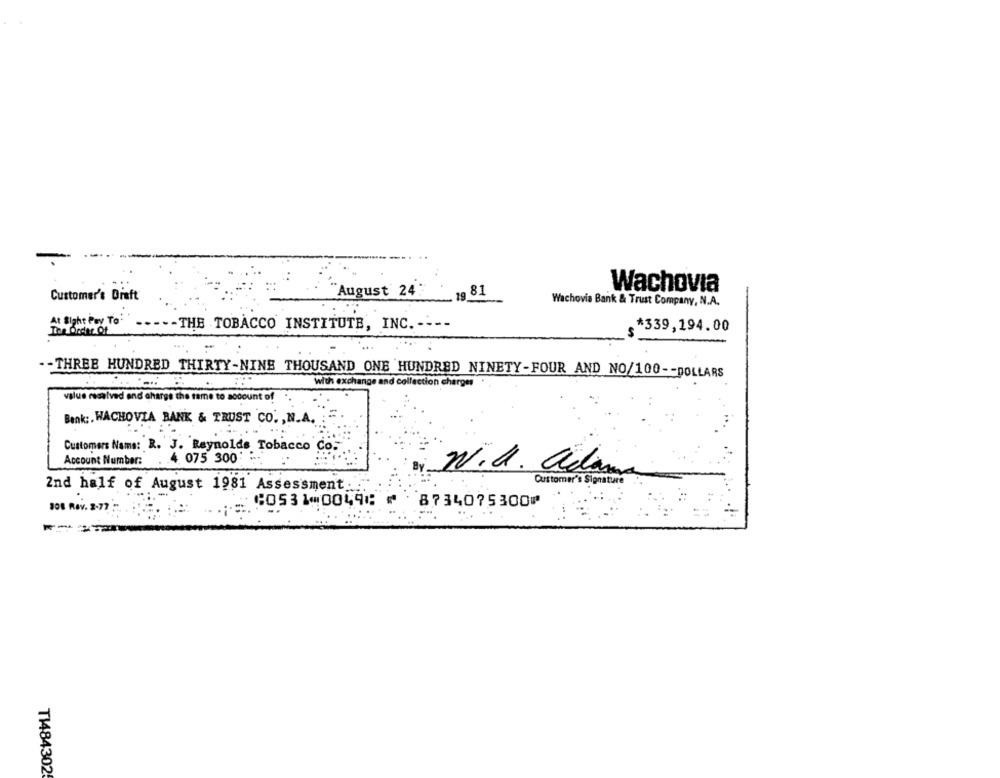
Wachovia
Customer's Draft
August 24
19 81
Wachovia Bank & Trust Company, N.A.
At Sight Pay To:
-THE TOBACCO INSTITUTE, INC. ----
*339,194.00
In order Of
-- THREE HUNDRED THIRTY-NINE THOUSAND ONE HUNDRED NINETY-FOUR AND NO/100 -- DOLLARS
With exchange and collection charges
value resalved and charge the fame to account of
Bank :. WACHOVIA BANK & TRUST CO. , N.A.
Customers Nams: B. J. Reynolds Tobacco Co.
Account Number:
4. 075 300
N.a. adam
Customer's
2nd half of August 1981 Assessment.
⑆0531⑉0049⑆ ⑈ 8734075300⑈
308 Rov. 3.77 :
T1484302